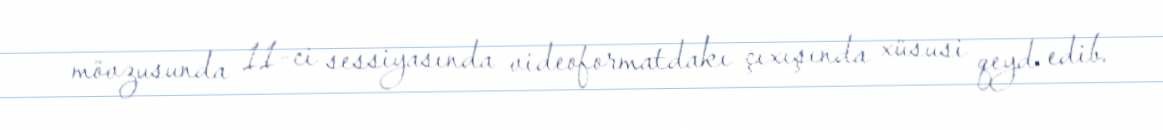
mövzusunda 11-ci sessiyasında videoformatdakı çıxışında xüsusi qeyd edib.